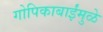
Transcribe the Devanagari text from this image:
गोपिकाबाईंमुळे